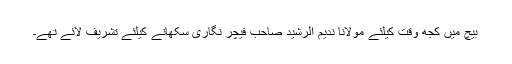
بیچ میں کجھ وقت کیلئے مولانا ندیم الرشید صاحب فیچر نگاری سکھانے کیلئے تشریف لائے تھے۔